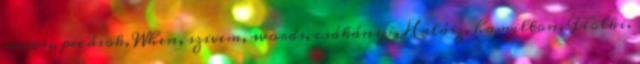
news,, pecások, When, szivem, words, csákányi, Halász, hamilton, Fiolki,